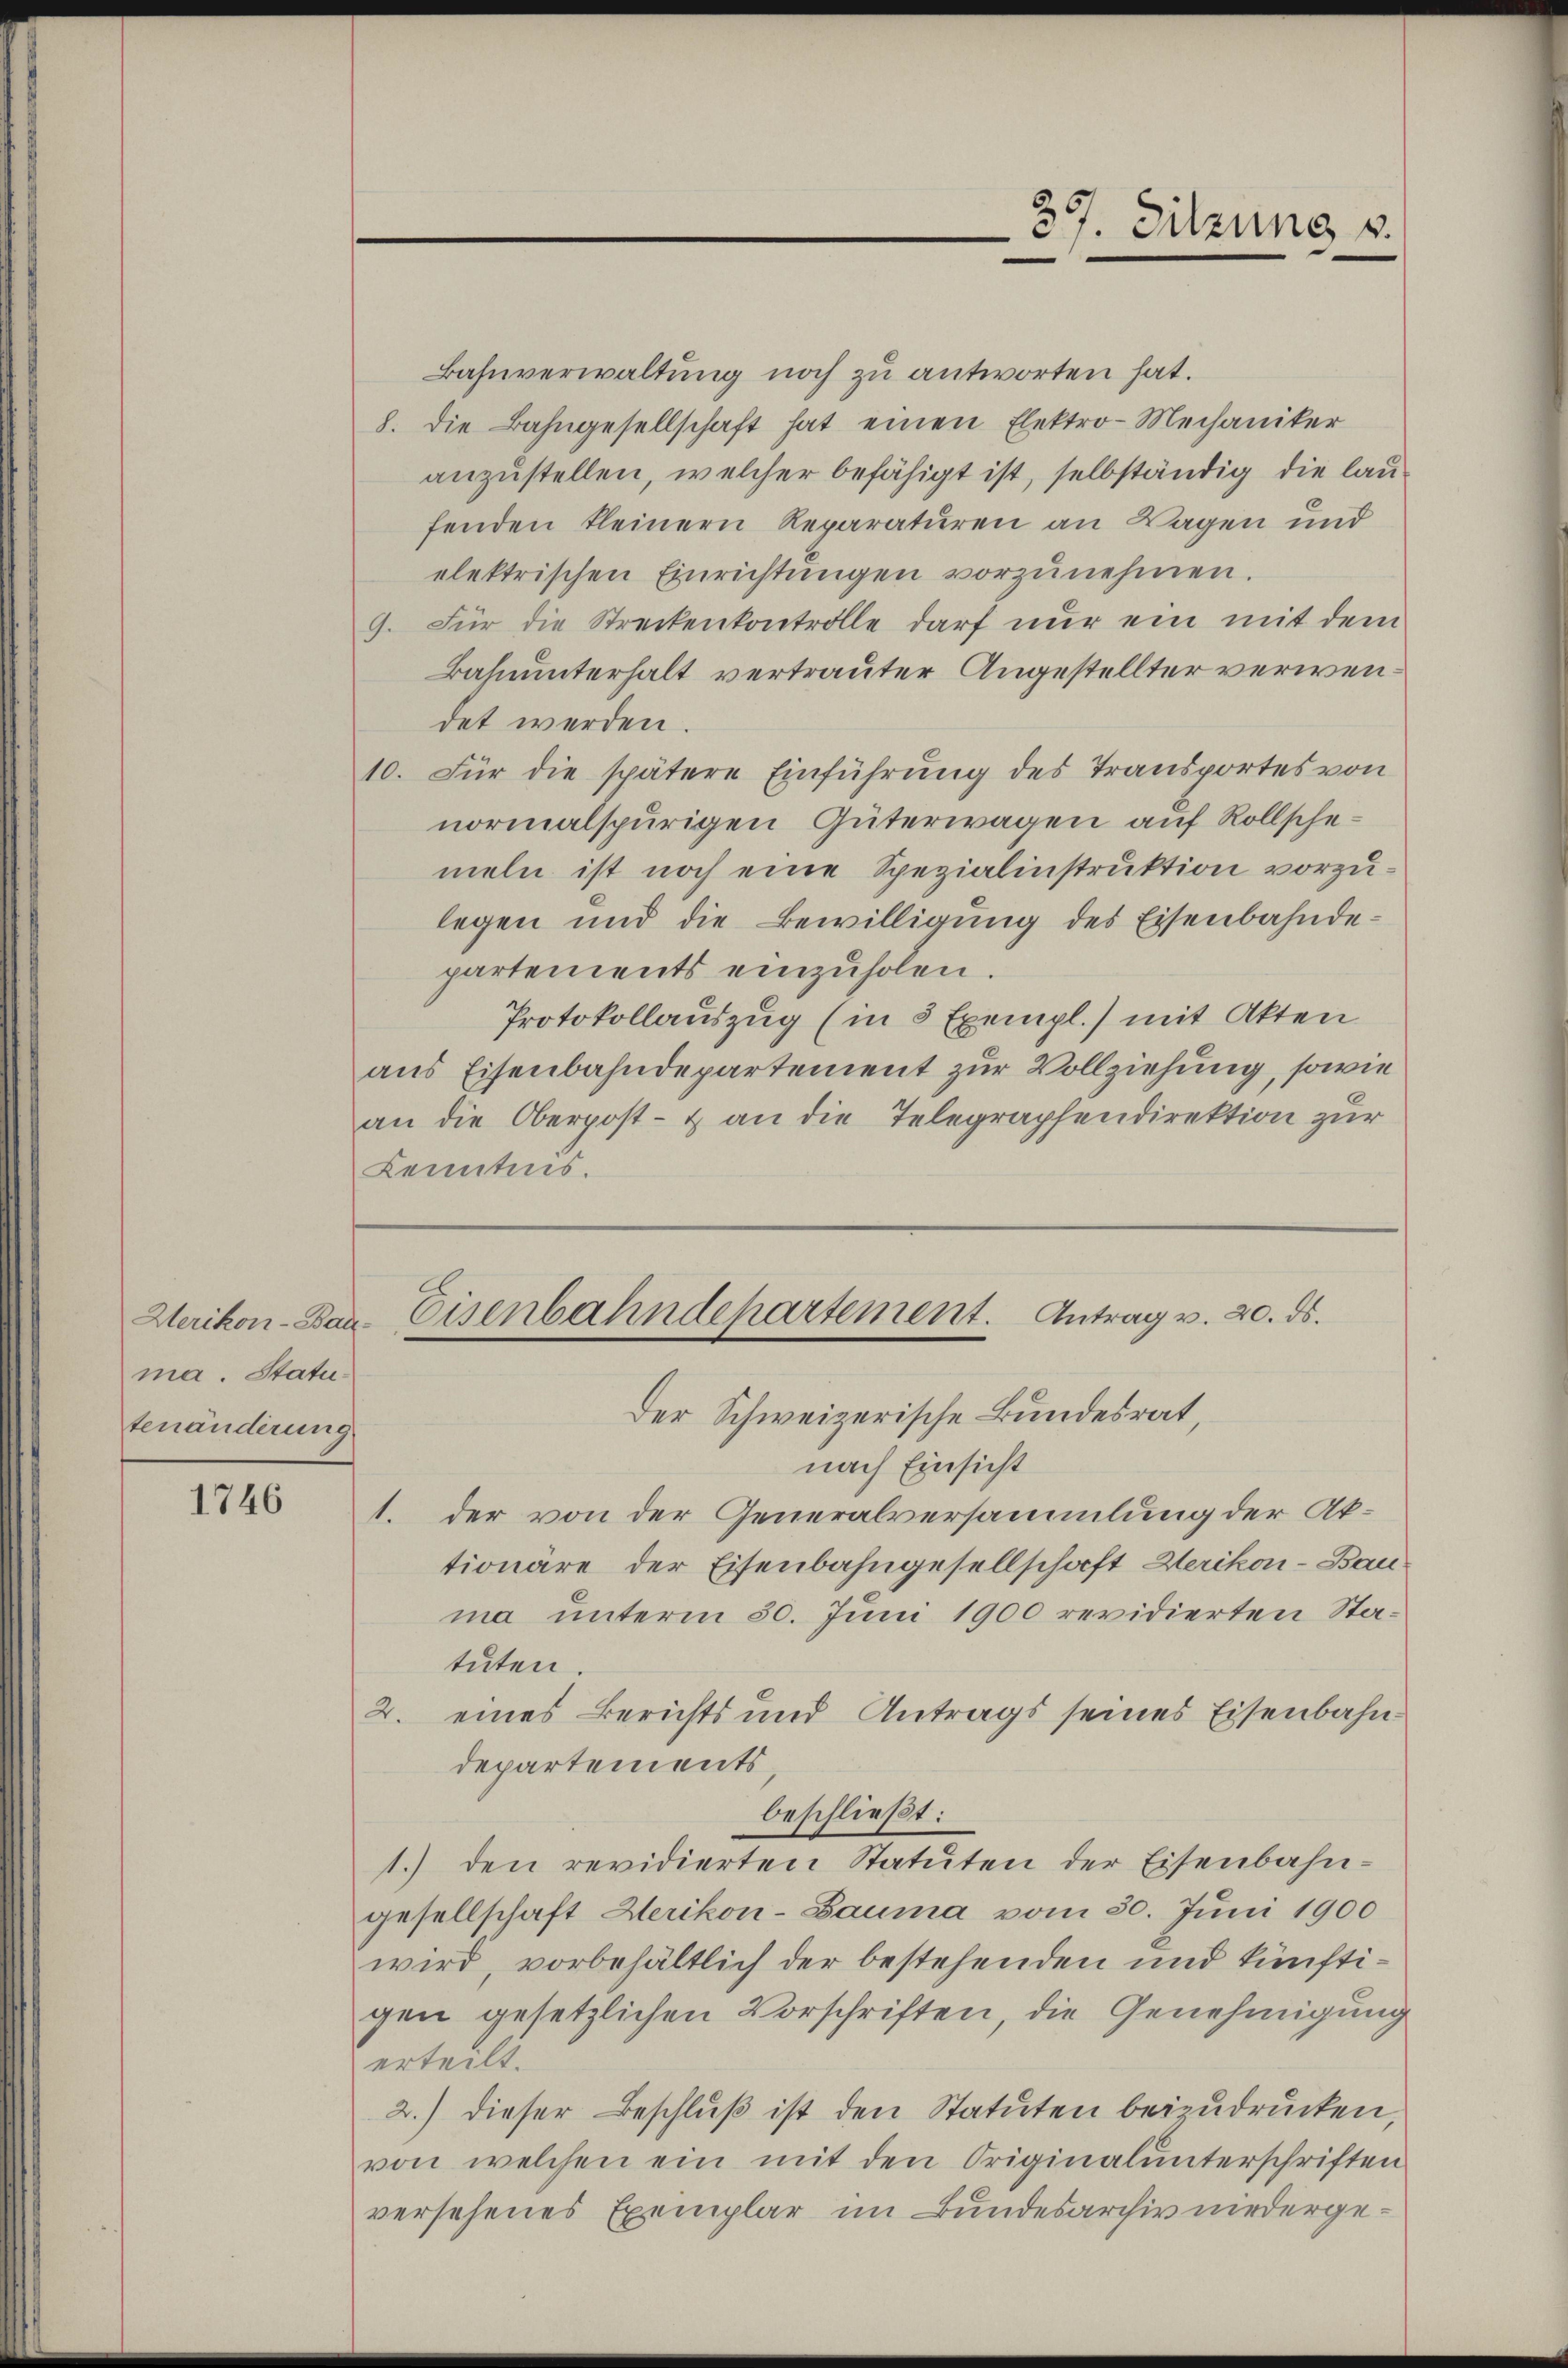
Werikon-Bau-
ma. Statu
tenänderung

1746

Bahnverwaltung noch zu antworten hat.
8. die Bahngesellschaft hat einen Elektro-Mechaniker
anzustellen, welcher befähigt ist, selbständig die laufenden kleinern Reparaturen an Wagen und
elektrischen Einrichtungen vorzunehmen.
9. Für die Streckenkontrolle darf nŭr ein mit dem
Bahnunterhalt vertrauter Angestellter verwendet werden.
10. Für die spätere Einführung des Transportes von
normalspurigen Güterwagen auf Rollschemeln ist noch eine Spezialinstruktion vorzulegen und die Bewilligung des Eisenbahndepartements einzuholen.
Protokollauszug (in 3 Exempl.) mit Akten
aus Eisenbahndepartement zur Vollziehung, sowie
an die Oberpost- & an die Telegraphendirektion zur
Kenntnis.

Eisenbahndepartement. Antrag v. 20. ds.

Der Schweizerische Bundesrat,
nach Einsicht
1. der von der Generalversammlung der Ak-
tionäre der Eisenbahngesellschaft Werikon-Bau.
ma unterm 30. Juni 1900 revidierten Statuten.
2. eines Berichts und Antrags seines Eisenbahndepartements,
beschließt:
1.) den revidierten Statuten der Eisenbahn-
gesellschaft Herikon-Bauma vom 30. Juni 1900
wird vorbehältlich der bestehenden und künftigen gesetzlichen Vorschriften, die Genehmigung
erteilt.
2.) dieser Beschlŭβ ist den Statuten beizudrucken
von welchen ein mit den Originalunterschriften
versehenes Exemplar im Bundesarchiv niederge¬

37. Sitzung v.